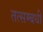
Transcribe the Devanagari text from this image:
तत्सम्बधी